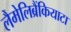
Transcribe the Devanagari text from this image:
लैमेलिब्रैंकियाटा